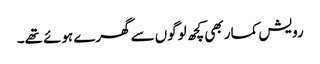
رویش کمار بھی کچھ لوگوں سے گھرے ہوئے تھے۔